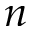
n